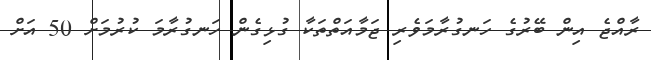
ރާއްޖެ އިން ބޭރުގެ ހަނގުރާމަވެރި ޖަމާއަތްތަކާ ގުޅިގެން ހަނގުރާމަ ކުރުމަށް 50 އަށް